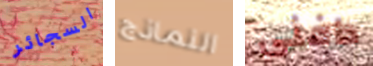
السجائر النماذج دافنى